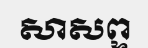
សាសព្ទ